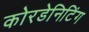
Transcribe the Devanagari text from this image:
कोरडेनिटिंग